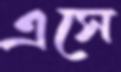
এসে